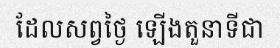
ដែលសព្វថ្ងៃ ឡើងតួនាទីជា